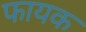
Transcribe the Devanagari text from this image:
फायक